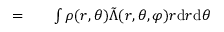
\begin{array} { r l r } { = } & { { } } & { \int \rho ( r , \theta ) \tilde { \Lambda } ( r , \theta , \varphi ) r \mathrm { d } r \mathrm { d } \theta } \end{array}